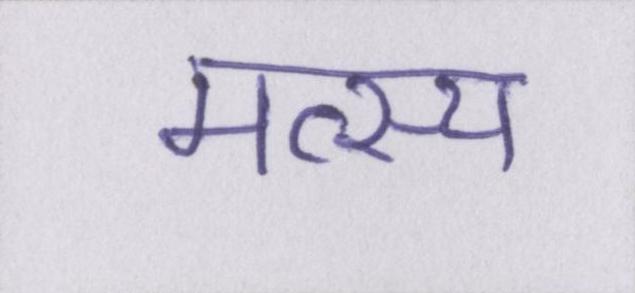
मत्स्य